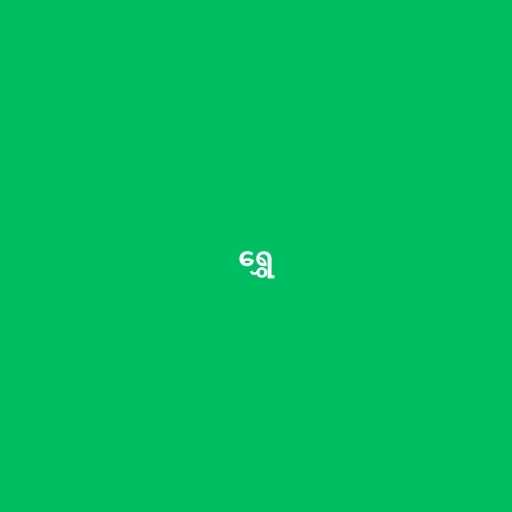
ရွှေ